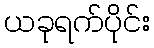
ယခုရက်ပိုင်း